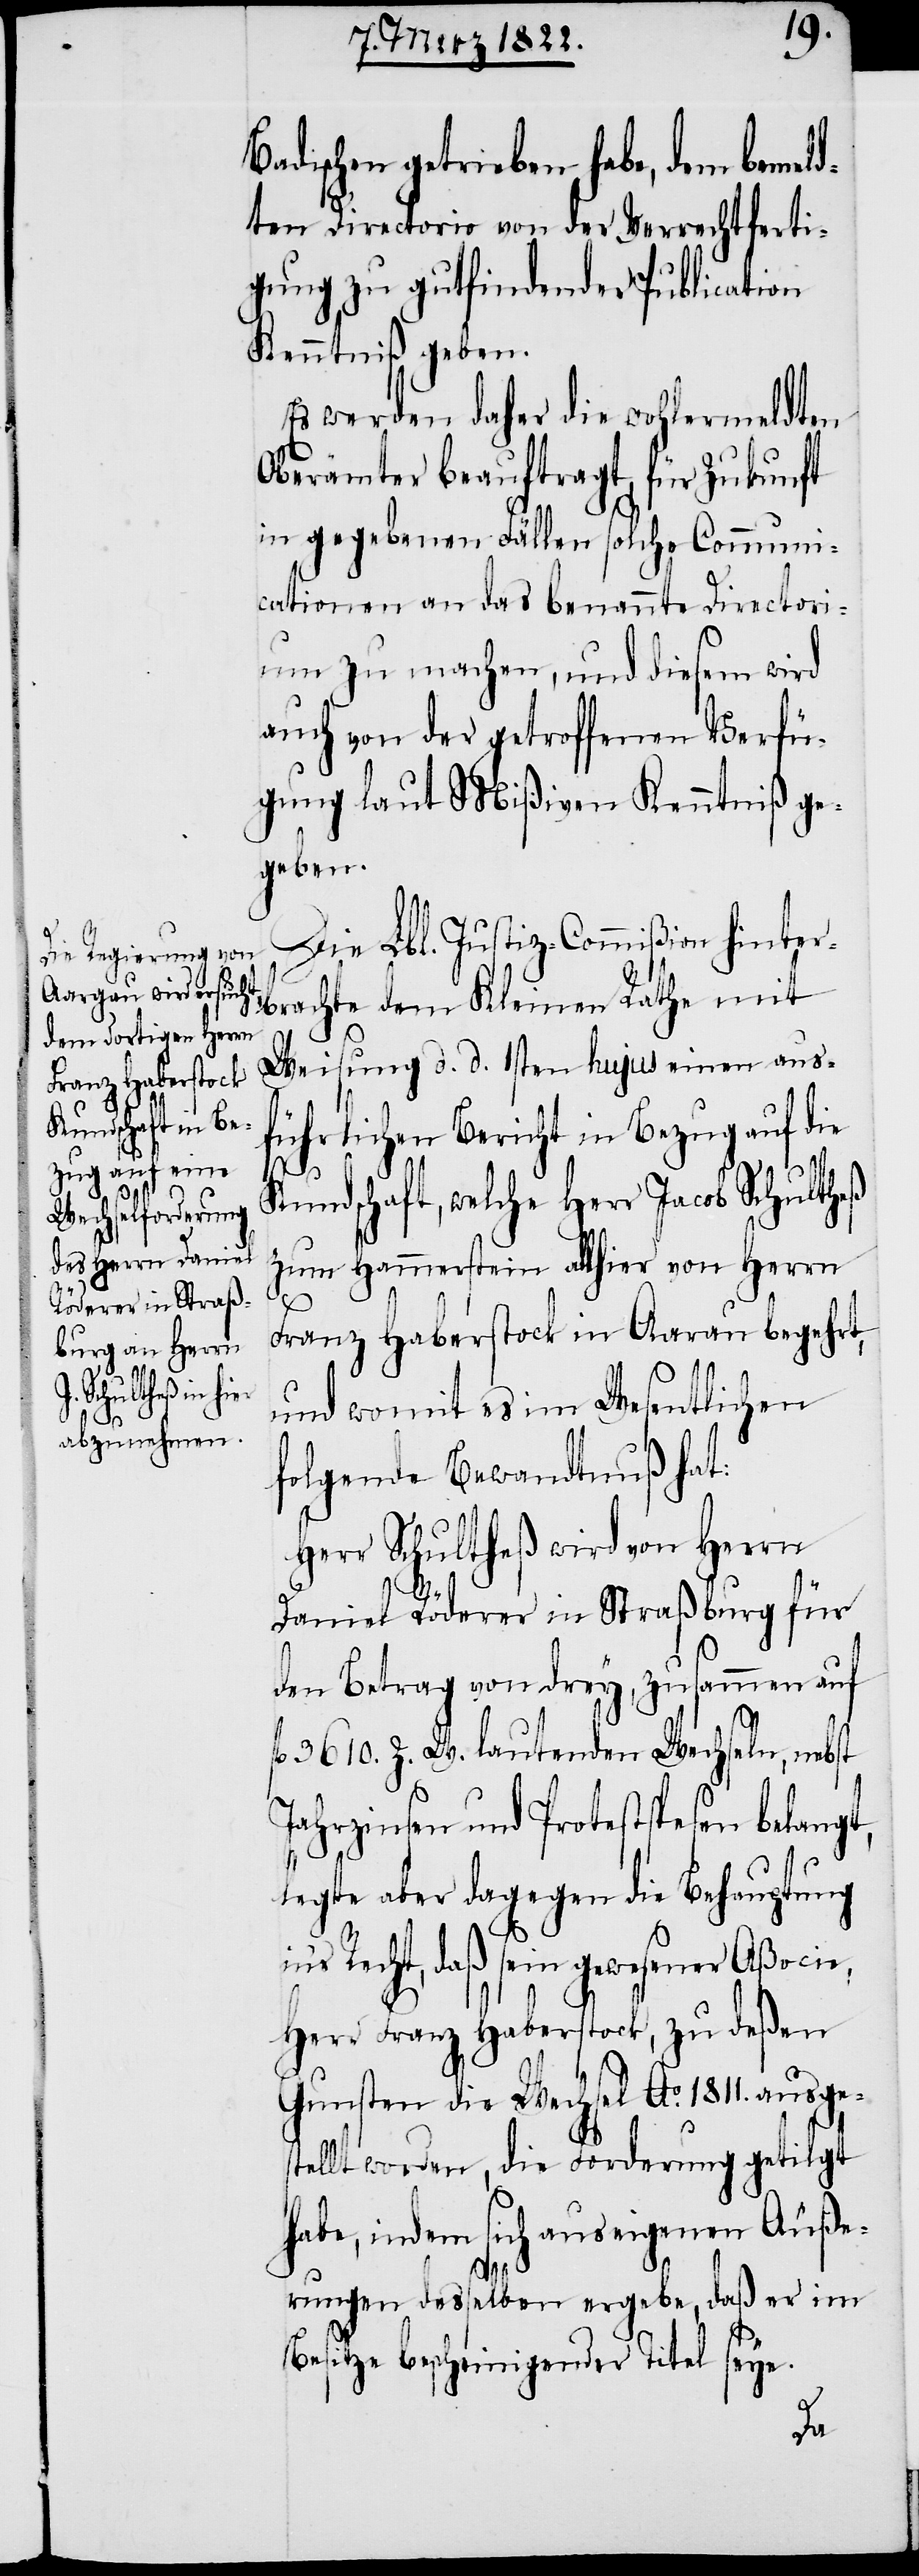
fl.

Badischen getrieben habe, dem bemeld¬
ten Directorio von der Verrechtferti¬
gung zu gutfindender Publication
Kenntniß geben.
Es werden daher die wohlermeldten
Oberämter beauftragt, für Zukunft
in gegebenen Fällen solche Communi¬
cationen an das benannte Directori¬
um zu machen, und diesem wird
auch von der getroffenen Verfü¬
gung laut Mißiven Kenntniß ge¬
geben.
Die Lbl. Justiz-Commißion hinter¬
brachte dem Kleinen Rathe mit
Weisung d. d. 1sten hujus einen aus¬
führlichen Bericht in Bezug auf die
Kundschaft, welche Herr Jacob Schultheß
zum Hammerstein allhier von Herrn
Franz Haberstock in Aarau begehrt,
und womit es im Wesentlichen
folgende Bewandtnuß hat:
Herr Schultheß wird von Herrn
i¬
Daniel Röderer in Straßburg für
den Betrag von drey, zusammen auf
3610. Z. W. lautenden Wechseln, nebst
Jahrzinsen und Protestspesen belangt,
legte aber dagegen die Behauptung
n’s Recht, daß sein gewesener Aßocie,
Herr Franz Haberstock, zu deßen
Gunsten die Wechsel Ao. 1811. ausge¬
stellt worden, die Forderung getilgt
habe, indem sich aus eigenen Äuße¬
rungen desselben ergebe, daß er im
Besitze bescheinigender Titel seye.